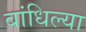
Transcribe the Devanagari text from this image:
बांधिल्या